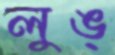
লুঙ্